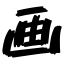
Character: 画